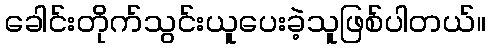
ခေါင်းတိုက်သွင်းယူပေးခဲ့သူဖြစ်ပါတယ်။